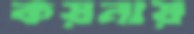
কয়নায়